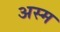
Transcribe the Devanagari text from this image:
अस्म